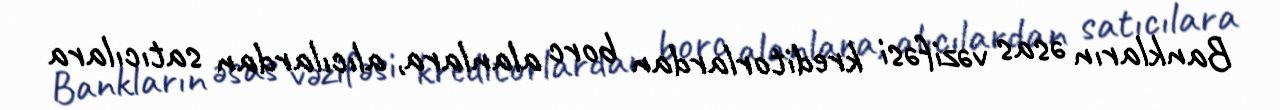
Bankların əsas vəzifəsi kreditorlardan borc alanlara, alıcılardan satıcılara